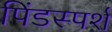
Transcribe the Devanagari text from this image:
पिंडस्पर्श